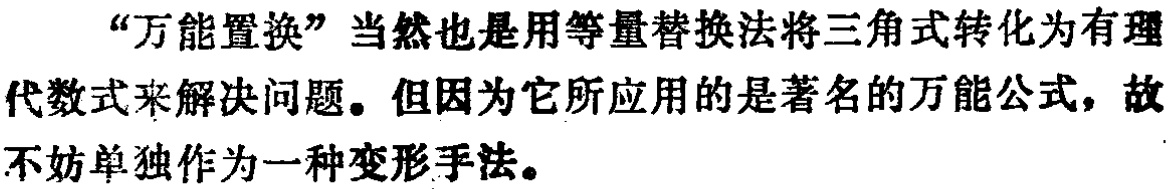
“万能置换”当然也是用等量替换法将三角式转化为有理代数式来解决问题。但因为它所应用的是著名的万能公式，故不妨单独作为一种变形手法。